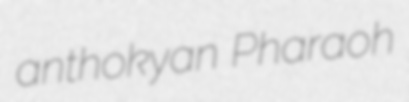
anthokyan Pharaoh